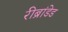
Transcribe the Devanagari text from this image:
रीब्रांडेड